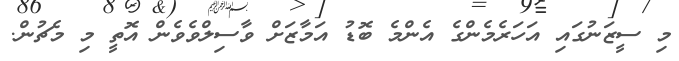
މި ސީޒަނުގައި އަހަރެމެންގެ އެންމެ ބޮޑު އަމާޒަށް ވާސިލްވެވެން އޮތީ މި މެޗުން.